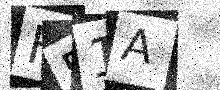
Text: F51A